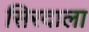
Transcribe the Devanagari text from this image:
सिरदाला